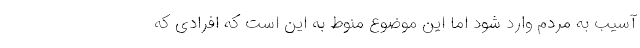
آسیب به مردم وارد شود اما این موضوع منوط به این است که افرادی که